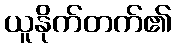
ယူနိုက်တက်၏